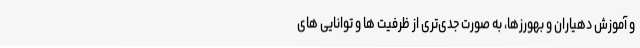
و آموزش دهیاران و بهورزها، به صورت جدی‌تری از ظرفیت ها و توانایی های